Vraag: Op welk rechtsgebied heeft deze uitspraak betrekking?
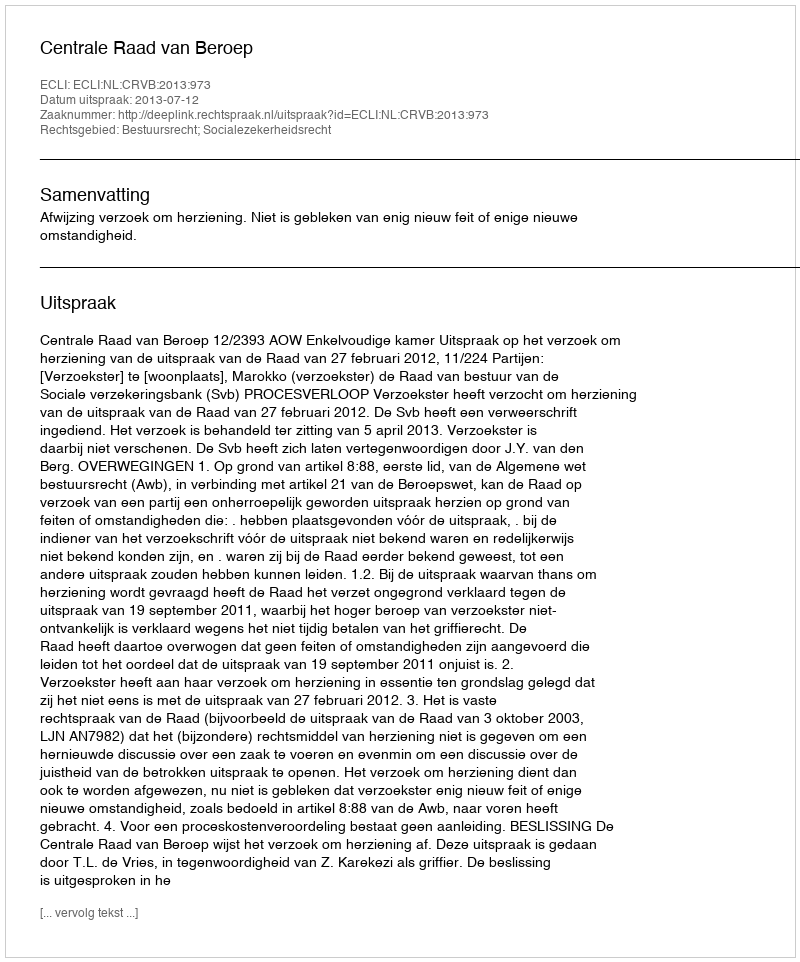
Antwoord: Bestuursrecht; Socialezekerheidsrecht